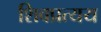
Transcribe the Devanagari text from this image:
शिवप्रत्यय